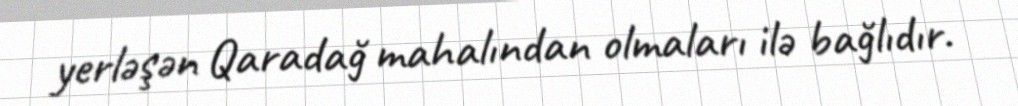
yerləşən Qaradağ mahalından olmaları ilə bağlıdır.